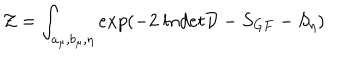
{ \cal Z } = \int _ { a _ { \mu } , b _ { \mu } , \eta } e x p ( - 2 ~ l n d e t { \cal D } - S _ { G F } - S _ { \eta } )